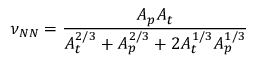
\nu _ { N N } = \frac { A _ { p } A _ { t } } { A _ { t } ^ { 2 / 3 } + A _ { p } ^ { 2 / 3 } + 2 A _ { t } ^ { 1 / 3 } A _ { p } ^ { 1 / 3 } }